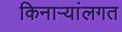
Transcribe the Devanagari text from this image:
किनाऱ्यांलगत